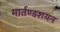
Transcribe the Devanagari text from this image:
मार्तण्डशयन